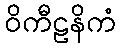
ဝိကီဠနိကံ